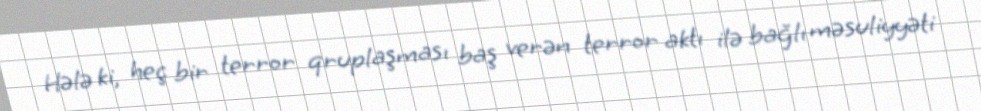
Hələ ki, heç bir terror qruplaşması baş verən terror aktı ilə bağlı məsuliyyəti